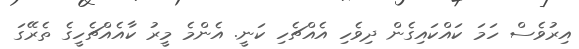
އިރުވެސް ހަމަ ކައްކައިގެން ދިވެހި އެއްޗެހި ކަނީ. އެންމެ މީރު ކާއެއްޗެހީގެ ތެރޭގަ